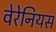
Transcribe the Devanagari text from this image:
वेरेनियस